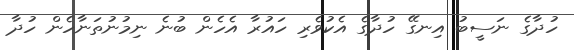
ހުދާގެ ނަސީބު އިނގޭ ހުދާގެ އެކުވެރި ހައުރާ އެހެން ބުނެ ނިމުނުތަނާހެން ހުދާ